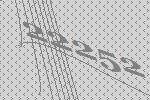
22252